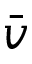
\bar { v }